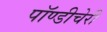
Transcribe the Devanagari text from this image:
पॉण्डीचेरी